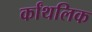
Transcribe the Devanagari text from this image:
र्कांथलिक